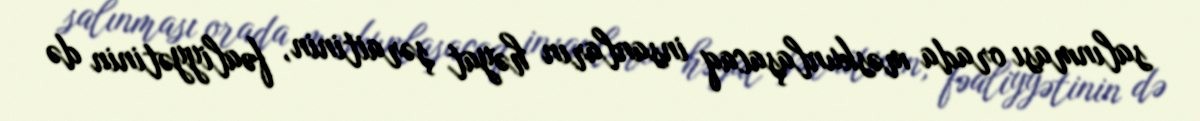
salınması orada məskunlaşacaq insanların həyat şəraitinin, fəaliyyətinin də